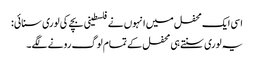
اسی ایک محفل میں انہوں نے فلسطینی بچے کی لوری سنائی:
یہ لوری سنتے ہی محفل کے تمام لوگ رونے لگے۔